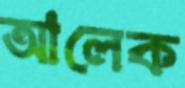
আলেক